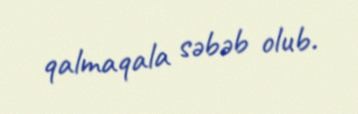
qalmaqala səbəb olub.